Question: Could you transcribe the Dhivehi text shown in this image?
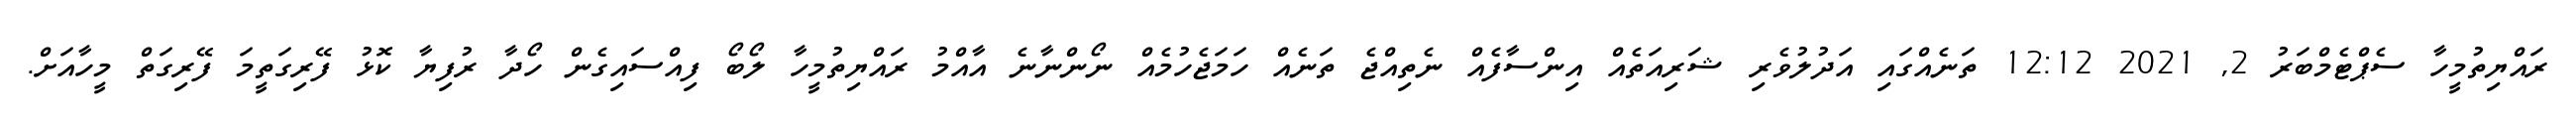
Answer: ރައްޔިތުމީހާ ސެޕްޓެމްބަރު 2, 2021 12:12 ތަނެއްގައި އަދުލުވެރި ޝަރިއަތެއް އިންސާފެއް ނެތިއްޖެ ތަނެއް ހަމަޖެހުމެއް ނޯންނާނެ އާއްމު ރައްޔިތުމީހާ ލޯބޯ ފިއްސައިގެން ހޯދާ ރުފިޔާ ކޮޅު ފޭރިގަތީމަ ފޭރިގަތް މީހާއަށް.